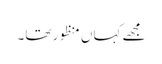
مجھے کہاں منظور تھا۔